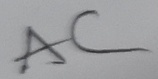
Text: AC